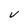
Character: v